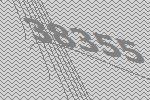
38355